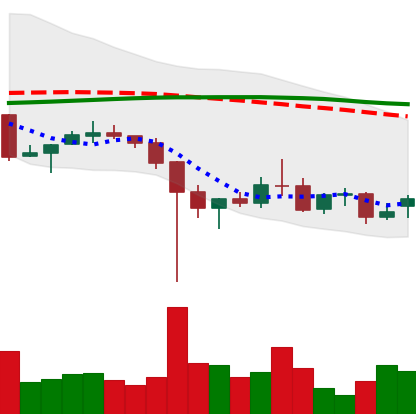
Ticker: XRP-USD
Chart end date: 2021-12-15
Forward return: 6.332%
Label: up_5_7